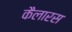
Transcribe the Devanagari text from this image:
कैलारस